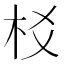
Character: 𣏠